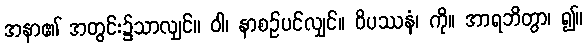
အနာ၏ အတွင်း၌သာလျှင်။ ဝါ၊ နာစဉ်ပင်လျှင်။ ဝိပဿနံ၊ ကို။ အာရဘိတွာ၊ ၍။